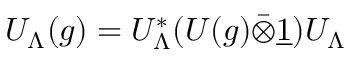
U _ { \Lambda } ( g ) = U _ { \Lambda } ^ { * } ( U ( g ) \bar { \otimes } \underline { { { 1 } } } ) U _ { \Lambda }